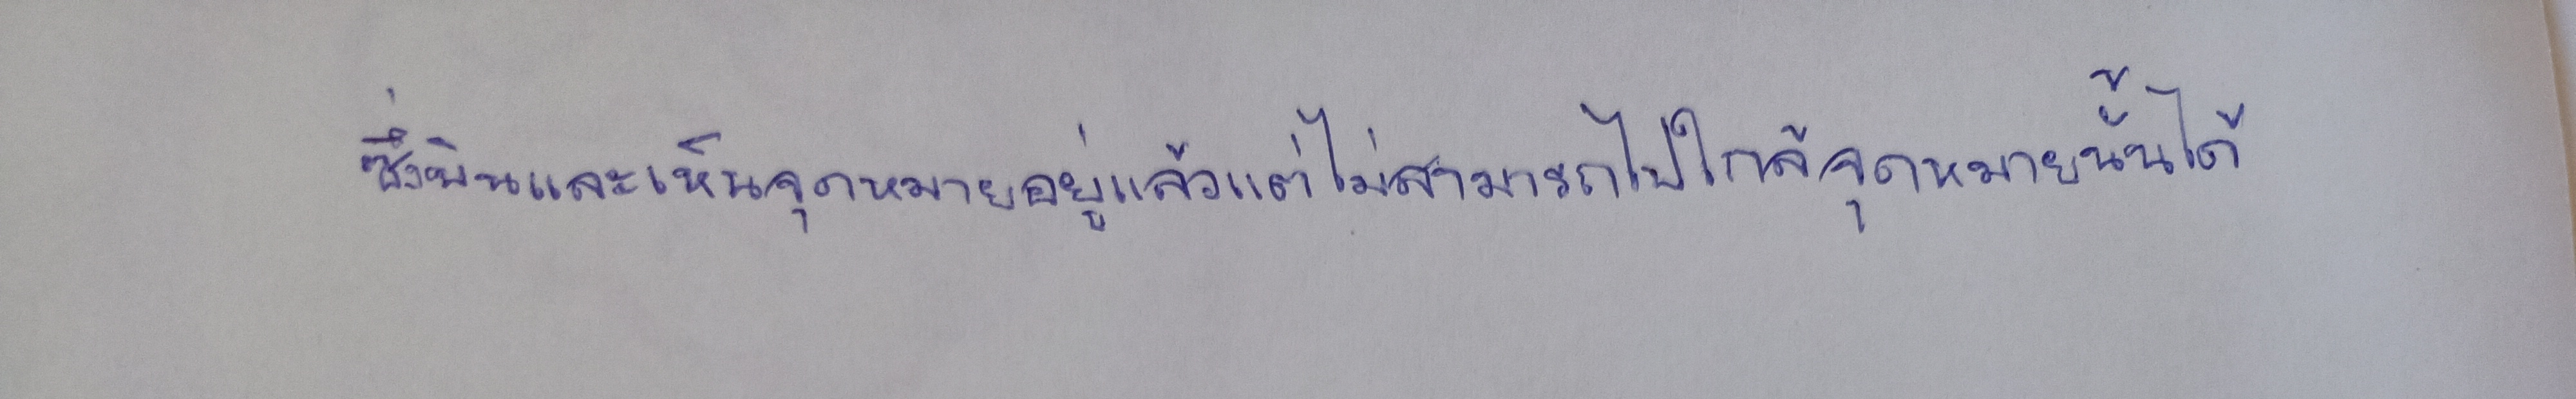
ซึ่งบินและเห็นจุดหมายอยู่แล้วแต่ไม่สามารถไปใกล้จุดหมายนั้นได้